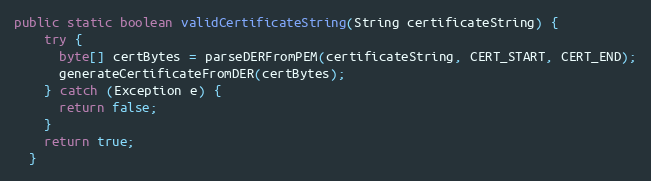
Language: Java
public static boolean validCertificateString(String certificateString) {
    try {
      byte[] certBytes = parseDERFromPEM(certificateString, CERT_START, CERT_END);
      generateCertificateFromDER(certBytes);
    } catch (Exception e) {
      return false;
    }
    return true;
  }